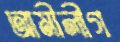
আমীলীগ